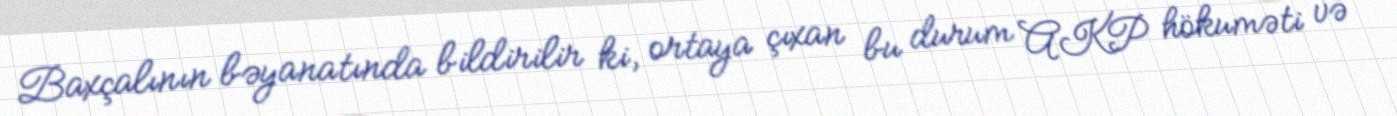
Baxçalının bəyanatında bildirilir ki, ortaya çıxan bu durum AKP hökuməti və